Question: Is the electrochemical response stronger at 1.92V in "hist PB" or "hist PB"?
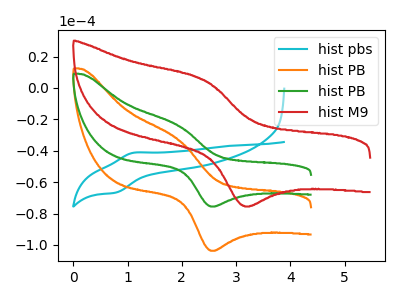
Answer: <think>The cyan curve "hist pbs" has an anodic peak at (1.10V, -41.25uA) and a cathodic peak at (0.80V, -66.75uA). The orange curve "hist PB" has an anodic peak at (1.90V, -32.60uA) and a cathodic peak at (2.55V, -103.75uA). The green curve "hist PB" has an anodic peak at (1.90V, -23.75uA) and a cathodic peak at (2.55V, -75.55uA). The red curve "hist M9" has an anodic peak at (2.40V, 5.15uA) and a cathodic peak at (3.15V, -75.10uA).</think>
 <answer>The peak at 1.92V is lower in "hist PB" than in "hist PB".</answer>
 <eval>lower</eval>